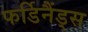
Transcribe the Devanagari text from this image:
फर्डिनैंड्स